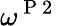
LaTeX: \omega^{\mathrm{~P~2~}}